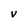
Character: V